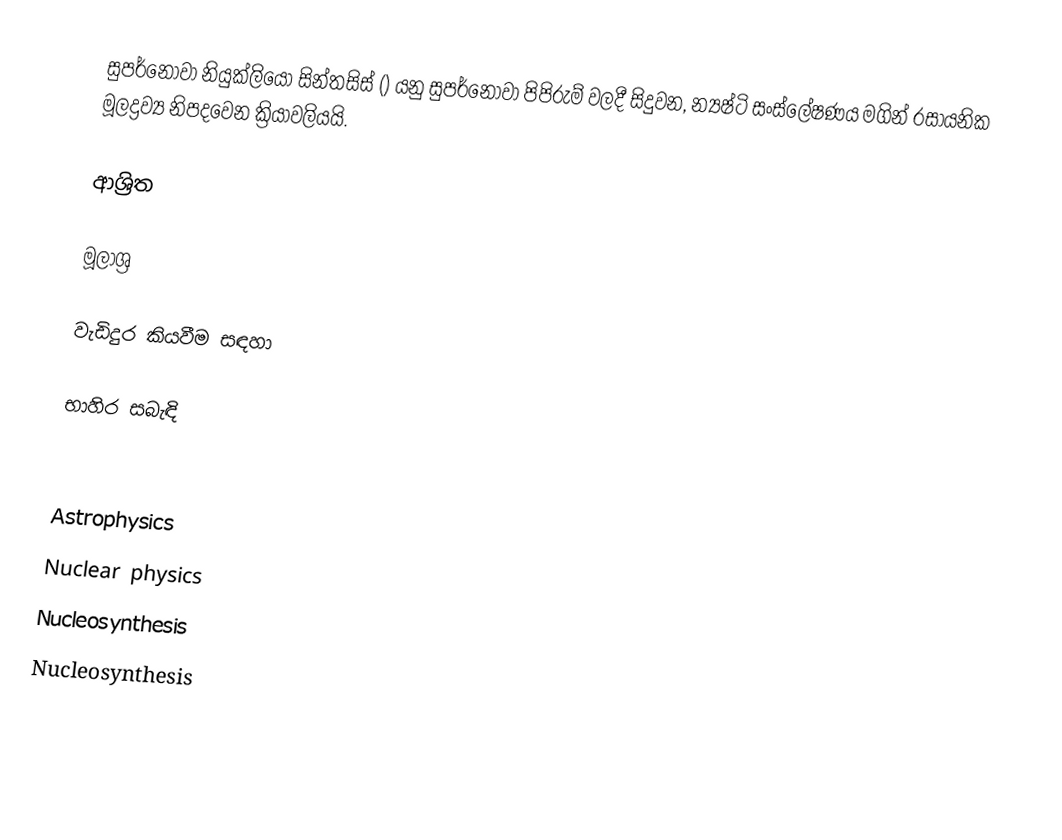
සුපර්නෝවා නියුක්ලියෝ සින්තසිස් () යනු සුපර්නෝවා පිපිරුම් වලදී සිදුවන, න්‍යෂ්ටි සංස්ලේෂණය මගින් රසායනික මූලද්‍රව්‍ය නිපදවෙන ක්‍රියාවලියයි.

ආශ්‍රිත

මූලාශ්‍ර

වැඩිදුර කියවීම සඳහා

භාහිර සබැඳි

Astrophysics
Nuclear physics
Nucleosynthesis
Nucleosynthesis